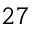
2 7